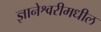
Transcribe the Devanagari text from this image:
ज्ञानेश्वरीमधील